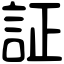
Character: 証